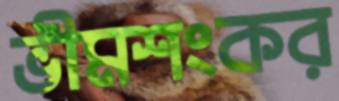
ভীমশংকর